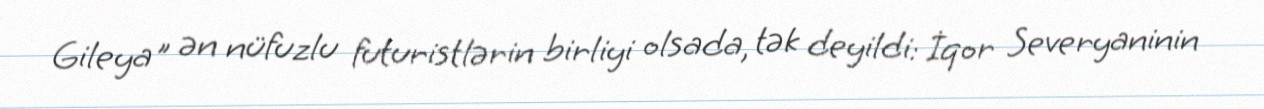
Gileya" ən nüfuzlu futuristlərin birliyi olsada, tək deyildi: İqor Severyaninin